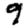
Digit: 9